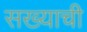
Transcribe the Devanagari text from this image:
सख्याची